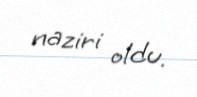
naziri oldu.